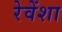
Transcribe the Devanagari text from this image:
रेवेंशा